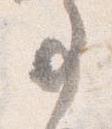
事